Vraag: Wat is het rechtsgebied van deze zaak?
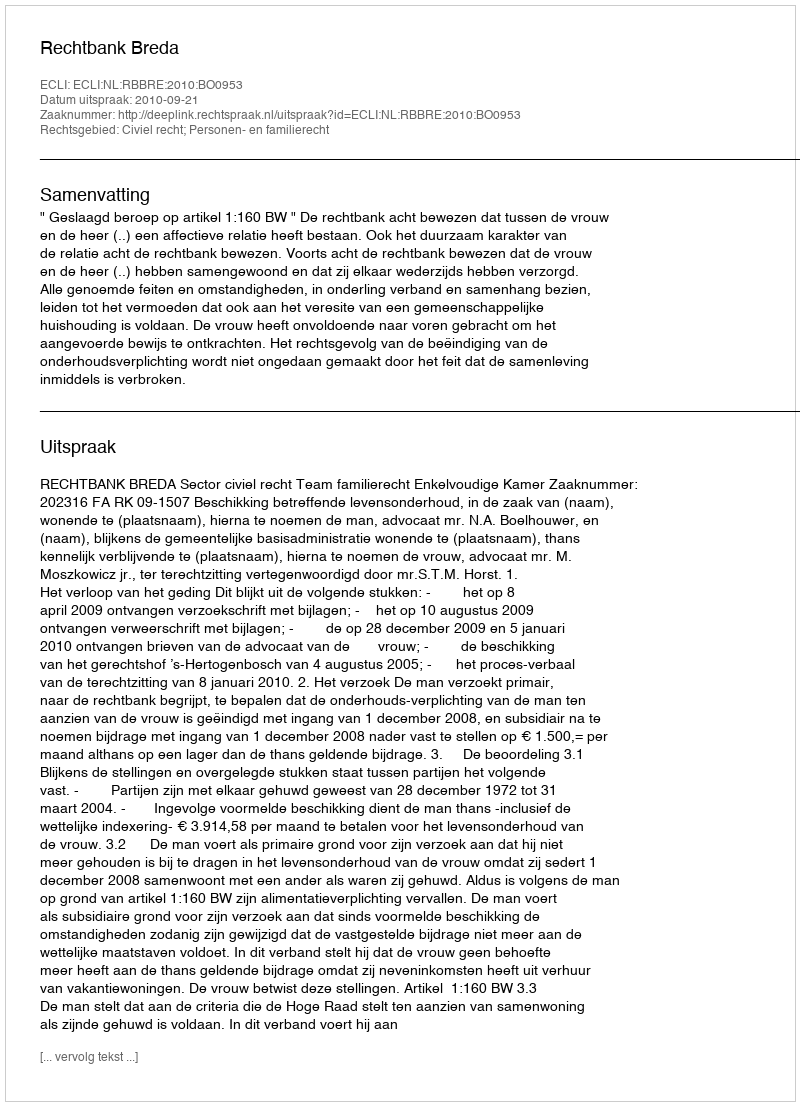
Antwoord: Civiel recht; Personen- en familierecht